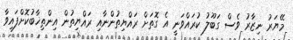
މޭޔަރު ނިޒާރު ވެސް ގަބޫލު ކުރައްވަނީ އެ ގޮތަށް ރައްޔިތުންނާއި ރައްޔިތުން އިންތިޚާބުކޮށްފައިވާ